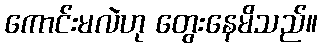
ကောင်းမလဲဟု တွေးနေမိသည်။